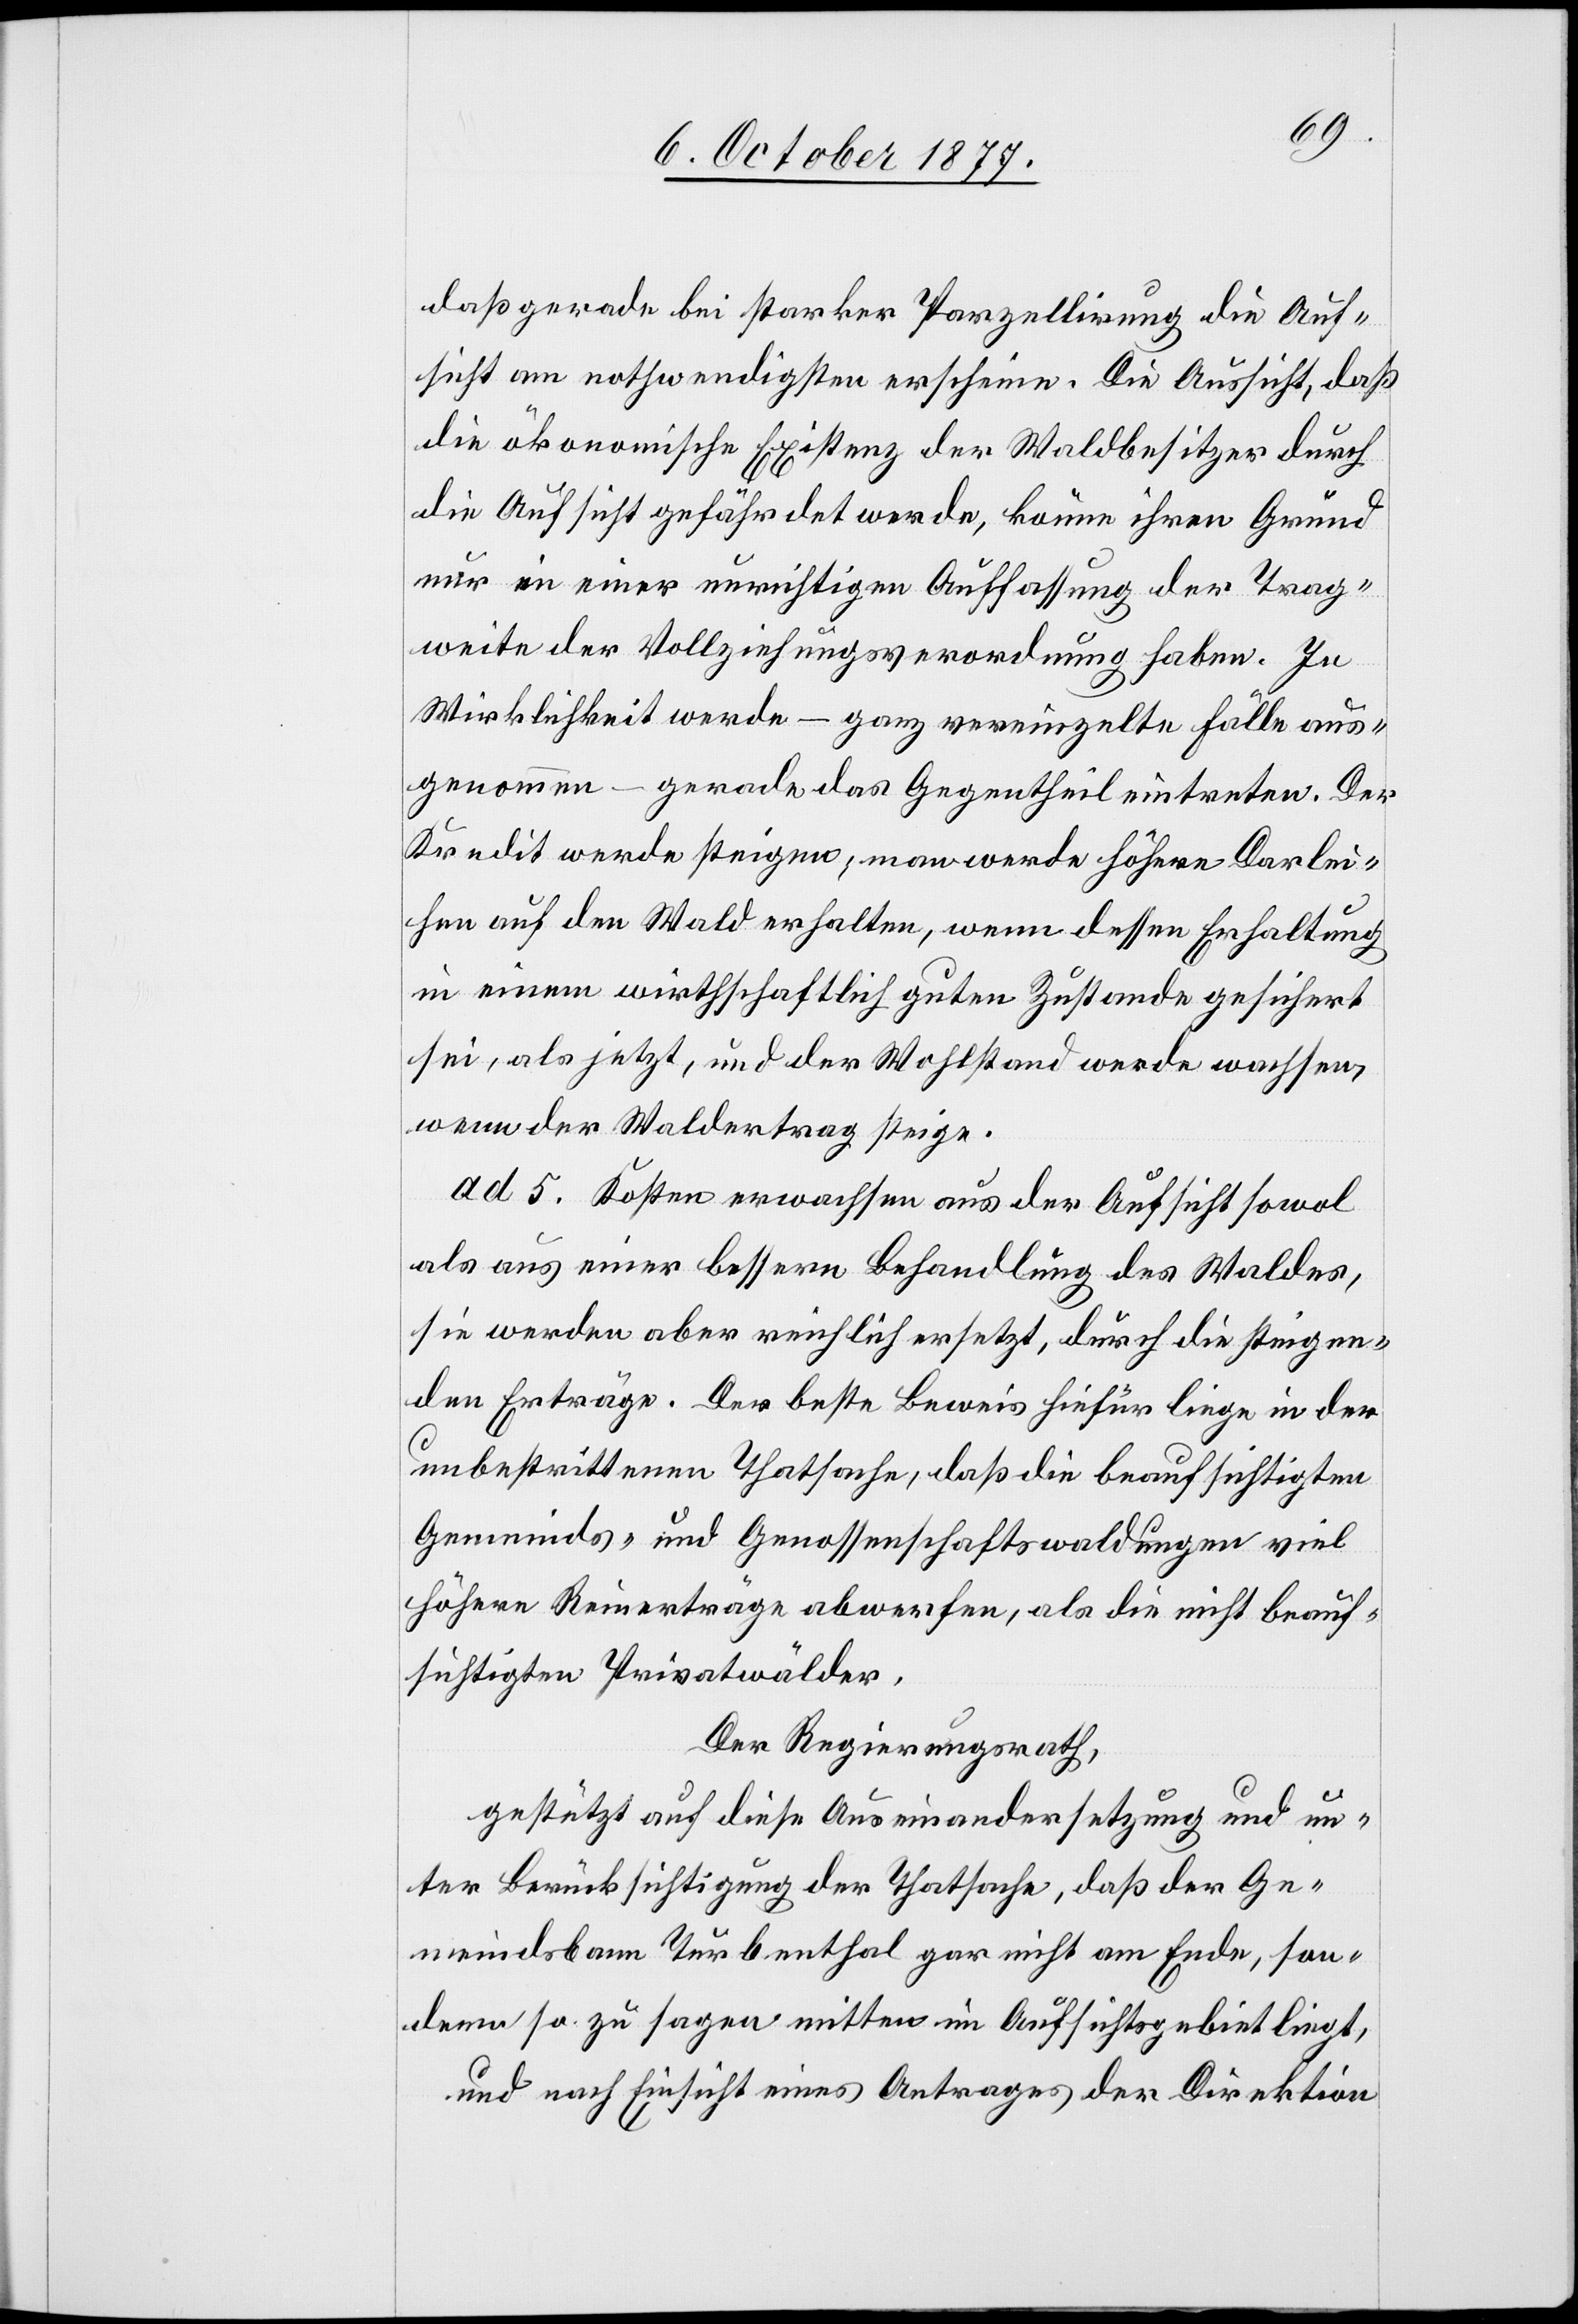
daß gerade bei starker Parzellirung die Auf¬
sicht am nothwendigsten erscheine. Die Aussicht, daß
die ökonomische Existenz der Waldbesitzer durch
die Aufsicht gefährdet werde, könne ihren Grund
nur in einer unrichtigen Auffassung der Trag¬
weite der Vollziehungsverordnung haben. In
Wirklichkeit werde – ganz vereinzelte Fälle aus¬
genommen – gerade das Gegentheil eintreten. Der
Kredit werde steigen; man werde höhere Darlei¬
hen auf den Wald erhalten, wenn dessen Erhaltung
in einem wirthschaftlich guten Zustande gesichert
sei, als jetzt, und der Wohlstand werde wachsen,
wenn der Waldertrag steige.
ad. 5. Kosten erwachsen aus der Aufsicht sowol
als aus einer bessern Behandlung des Waldes,
sie werden aber reichlich ersetzt, durch die steigen¬
den Erträge. Der beste Beweis hiefür liege in der
unbestrittenen Thatsache, daß die beaufsichtigten
Gemeinds- und Genossenschaftswaldungen viel
höhere Reinerträge abwerfen, als die nicht beauf¬
sichtigten Privatwälder.
Der Regierungsrath,
gestützt auf diese Auseinandersetzung und un¬
ter Berücksichtigung der Thatsache, daß der Ge¬
meindsbann Turbenthal gar nicht am Ende, son¬
dern so zu sagen mitten im Aufsichtsgebiet liegt,
und nach Einsicht eines Antrages der Direktion